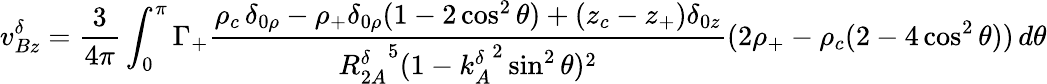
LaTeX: v_{Bz}^{\delta}=\frac{3}{4\pi}\int_{0}^{\pi}\Gamma_{+}\frac{\rho_{c}\, \delta_{0\rho}-\rho_{+}\delta_{0\rho}(1-2\cos^{2}\theta)+(z_{c}-z_{+})\delta_{0z}}{{R_{2A}^{\delta}}^{5}(1-{k_{A}^{\delta}}^{2}\sin^{2}\theta)^{2}}(2\rho_{+}-\rho_{c}(2-4\cos^{2}\theta))\, d\theta